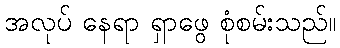
အလုပ် နေရာ ရှာဖွေ စုံစမ်းသည်။